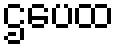
ဌပေထ